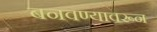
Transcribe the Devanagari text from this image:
बनवण्यावरून